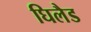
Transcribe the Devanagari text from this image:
घिलैड